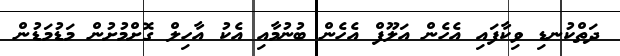
ދަތްކުނޑި ވިކާފައި އެހެން އަލޫފް އެހެން ބުނުމާއި އެކު އާހިލް ގޮށްމުށުން މަޑުމަޑުން